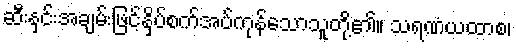
ဆီးနှင်းအချမ်းဖြင့်နှိပ်စက်အပ်ကုန်သောသူတို့၏။ သရဏံယထာစ၊